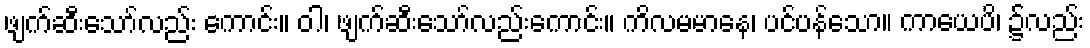
ဖျက်ဆီးသော်လည်း ကောင်း။ ဝါ၊ ဖျက်ဆီးသော်လည်းကောင်း။ ကိလမမာနေ၊ ပင်ပန်သော။ ကာယေပိ၊ ၌လည်း